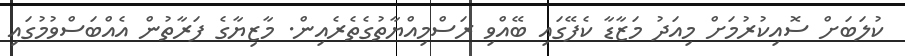
ކުލަބަށް ސޮއިކުރުމަށް މިއަދު މަޒާޑާ ކެފޭގައި ބޭއްވި ރަސްމިއްޔާތުގެތެރެއިން. މާޒިޔާގެ ފަރާތުން އެއްބަސްވުމުގައި